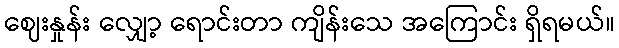
ဈေးနှုန်း လျှော့ ရောင်းတာ ကျိန်းသေ အကြောင်း ရှိရမယ်။